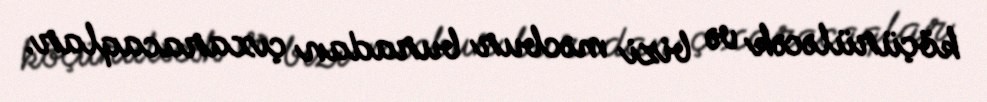
köçürüləcək və bizi məcbur buradan çıxaracaqlar.